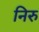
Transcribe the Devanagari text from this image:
निरु